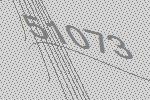
51073